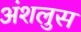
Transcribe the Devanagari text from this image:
अंशलुस